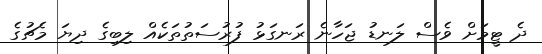
ދެ ޓީމަށް ވެސް ލަނޑު ޖަހާނެ ރަނގަޅު ފުރުސަތުތަކެއް ލިބިގެ ދިޔަ މެޗުގެ